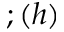
; ( h )